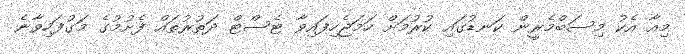
މިއާ އެކު މިސަބްމެރީން ކަނޑުގައި ކުރުމަށް ހަމަޖެހިފައިވާ ޓެސްޓް ދަތުރުތައް ފެށުމުގެ މަގުފަހިވާނެ